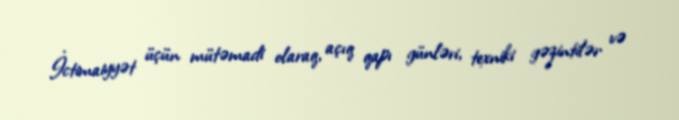
İctimaiyyət üçün mütəmadi olaraq, açıq qapı günləri, texniki gəzintilər və